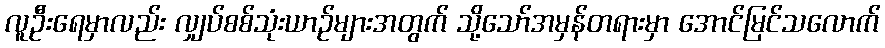
လူဦးရေမှာလည်း လျှပ်စစ်သုံးယာဉ်များအတွက် သို့သော်အမှန်တရားမှာ အောင်မြင်သလောက်